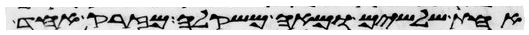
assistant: אחת שלשים ומאה משקלה מזרק אחד